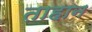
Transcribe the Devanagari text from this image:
ताहान